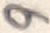
Text: 9